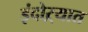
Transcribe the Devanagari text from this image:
इंदोऱ्यात